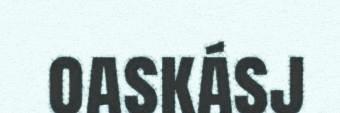
oaskásj